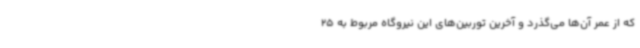
که از عمر آن‌ها می‌گذرد و آخرین توربین‌های این نیروگاه مربوط به 25